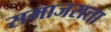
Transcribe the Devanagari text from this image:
समाजसत्ता